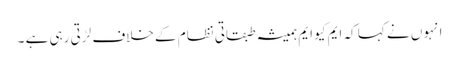
انہوں نے کہا کہ ایم کیو ایم ہمیشہ طبقاتی نظام کے خلاف لڑتی رہی ہے ۔